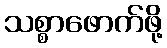
သစ္စာဖောက်ဖို့